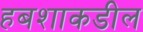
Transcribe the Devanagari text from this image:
हबशाकडील